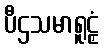
ပီဌသမာရူဠှံ